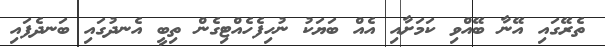
ތެރޭގައި އޭނާ ބޭއްވި ކަމަށާއި އެއް ބަޔަކު ނުހިފެހެއްޓިގެން ތިބީ އެނދުގައި ބަނދެފައި